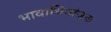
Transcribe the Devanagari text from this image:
भावाभिव्यंजना